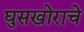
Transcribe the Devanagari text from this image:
घुसखोराचे